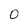
Character: 0